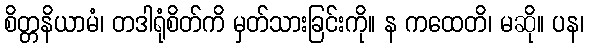
စိတ္တနိယာမံ၊ တဒါရုံစိတ်ကိ မှတ်သားခြင်းကို။ န ကထေတိ၊ မဆို။ ပန၊